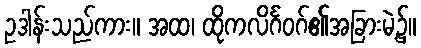
ဥဒါန်းသည်ကား။ အထ၊ ထိုကလိင်္ဂဝဂ်၏အခြားမဲ့၌။